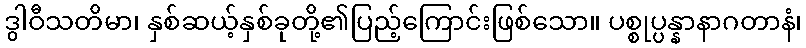
ဒွါဝီသတိမာ၊ နှစ်ဆယ့်နှစ်ခုတို့၏ပြည့်ကြောင်းဖြစ်သော။ ပစ္စုပ္ပန္နာနာဂတာနံ၊